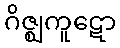
ဂိဇ္ဈကူဋော